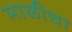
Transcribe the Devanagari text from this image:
माळीचा